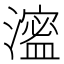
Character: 㵥